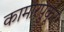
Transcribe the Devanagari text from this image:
कामारपुकूर